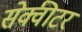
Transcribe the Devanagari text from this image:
सेक्वीटर